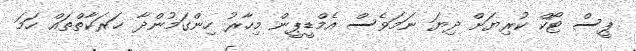
ޕީސް ޓޯކް ކުރިޔަށް ދިޔަ ނަމަވެސް އެމްޑީޕީން މިހާރު ހިންގަމުންދާ ޙަރަކާތްތައް ހަމަ